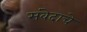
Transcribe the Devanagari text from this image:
संवेदाचे